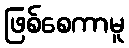
ဖြစ်စေကာမူ